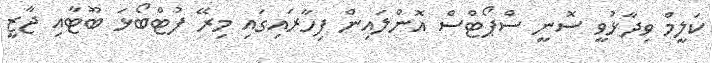
ކަލީމް ވިދާޅުވީ ސޮނީ ސްޕޯޓްސް އޮންލައިން ފިހާރައިގައި މިރޭ ފުޓްބޯޅަ ބޫޓާއި ޖާޒީ